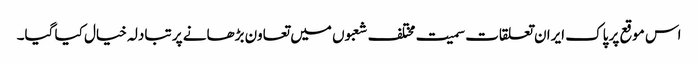
اس موقع پر پاک ایران تعلقات سمیت مختلف شعبوں میں تعاون بڑھانے پر تبادلہ خیال کیا گیا۔